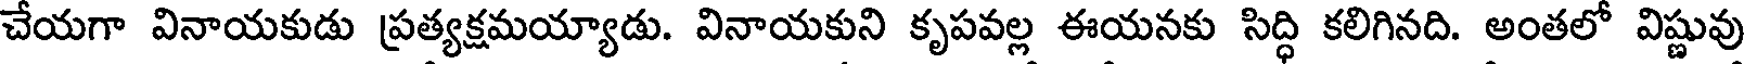
చేయగా వినాయకుడు ప్రత్యక్షమయ్యాడు. వినాయకుని కృపవల్ల ఈయనకు సిద్ధి కలిగినది. అంతలో విష్ణువు